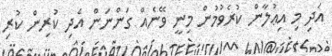
އަދި މި އިޢުލާން ކުރެވުމުން މިނީ ވޭނެއް ގަންނަން އެދި ކުރިން ކުރި